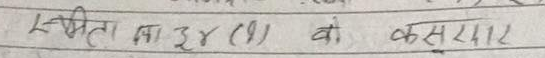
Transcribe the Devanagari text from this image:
स्फीता का ३४ (ख) बो कसराए